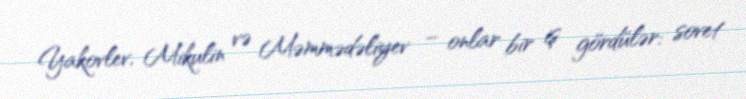
Yakovlev, Mikulin və Məmmədəliyev – onlar bir iş gördülər: sovet